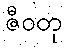
ဇီဝတု